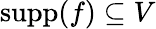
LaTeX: \operatorname{supp}(f)\subseteq V